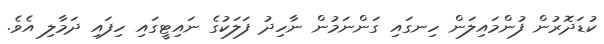
ކުޑަދޮރުން ފުންމައިލަން ހިނގައި ގަންނަމުން ނާހިދު ފަލަކުގެ ނައިޓީގައި ހިފައި ދަމާލި އެވެ.